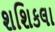
શશિકલા